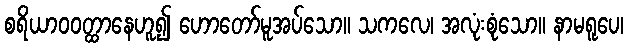
စရိယာဝဝတ္ထာနေဟူ၍ ဟောတော်မူအပ်သော။ သကလေ၊ အလုံးစုံသော။ နာမရူပေ၊